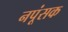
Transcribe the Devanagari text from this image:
नपूंसक